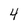
Character: 4